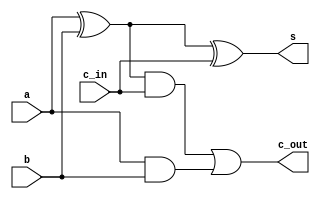
module full_adder(s, c_out, a, b, c_in);

input a, b, c_in;
output s, c_out;

// s = c_in (xor) (a (xor) b)
// c_out = c_in (and) (a (xor) b) (or) (a (and) b)

wire a_xor_b;

xor(a_xor_b, a, b);
xor(s, a_xor_b, c_in);

wire c_out_temp, a_and_b;

and(c_out_temp, a_xor_b, c_in);
and(a_and_b, a, b);
or(c_out, c_out_temp, a_and_b);

endmodule